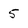
Character: 5